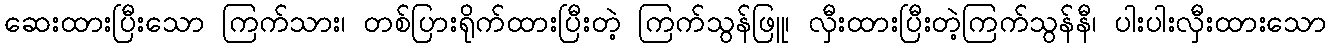
ဆေးထားပြီးသော ကြက်သား၊ တစ်ပြားရိုက်ထားပြီးတဲ့ ကြက်သွန်ဖြူ၊ လှီးထားပြီးတဲ့ကြက်သွန်နီ၊ ပါးပါးလှီးထားသော